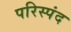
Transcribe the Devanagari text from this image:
परिस्पंद